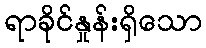
ရာခိုင်နှုန်းရှိသော